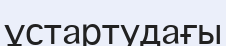
ұстартудағы